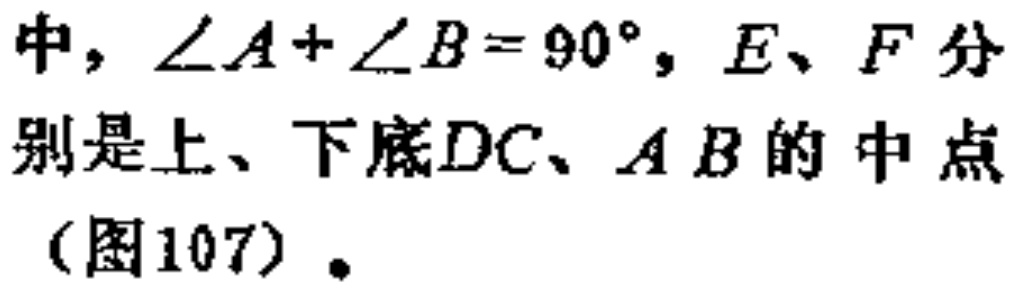
中，\(\angle A + \angle B = 90^{\circ}\)，\(E、F\)分别是上、下底\(DC、AB\)的中点（图107）。